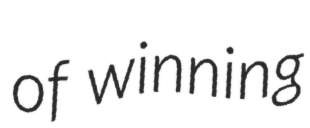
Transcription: of winning